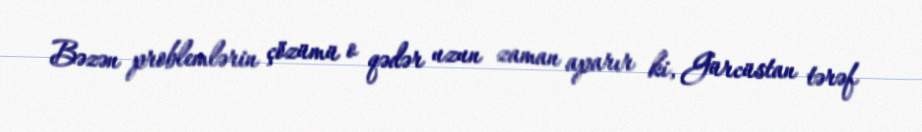
Bəzən problemlərin çözümü o qədər uzun zaman aparır ki, Gürcüstan tərəf